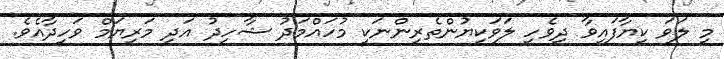
މި ލަވަ ކިޔާފައިވާ ދިވެހި ލަވަކިޔުންތެރިންނަކީ މުހައްމަދު ޝާހިދު އަދި މަރިޔަމް ވަހީދާއެވެ.